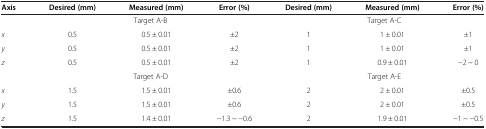
<table><thead><tr><td><b>Axis</b></td><td><b>Desired (mm)</b></td><td><b>Measured (mm)</b></td><td><b>Error (%)</b></td><td><b>Desired (mm)</b></td><td><b>Measured (mm)</b></td><td><b>Error (%)</b></td></tr></thead><tbody><tr><td> </td><td colspan="3">Target A-B</td><td colspan="3">Target A-C</td></tr><tr><td><i>x</i></td><td>0.5</td><td>0.5 ± 0.01</td><td>±2</td><td>1</td><td>1 ± 0.01</td><td>±1</td></tr><tr><td><i>y</i></td><td>0.5</td><td>0.5 ± 0.01</td><td>±2</td><td>1</td><td>1 ± 0.01</td><td>±1</td></tr><tr><td><i>z</i></td><td>0.5</td><td>0.5 ± 0.01</td><td>±2</td><td>1</td><td>0.9 ± 0.01</td><td>-2 ~ 0</td></tr><tr><td> </td><td colspan="3">Target A-D</td><td colspan="3">Target A-E</td></tr><tr><td><i>x</i></td><td>1.5</td><td>1.5 ± 0.01</td><td>±0.6</td><td>2</td><td>2 ± 0.01</td><td>±0.5</td></tr><tr><td><i>y</i></td><td>1.5</td><td>1.5 ± 0.01</td><td>±0.6</td><td>2</td><td>2 ± 0.01</td><td>±0.5</td></tr><tr><td><i>z</i></td><td>1.5</td><td>1.4 ± 0.01</td><td>-1.3 ~ -0.6</td><td>2</td><td>1.9 ± 0.01</td><td>-1 ~ -0.5</td></tr></tbody></table>